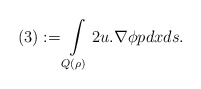
\begin{align*}(3):=\int\limits_{Q(\rho)}2u.\nabla\phi pdxds.\end{align*}